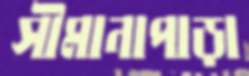
সীমানাপাড়া